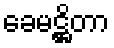
ခေမဋ္ဌိတာ